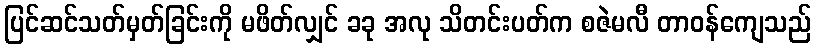
ပြင်ဆင်သတ်မှတ်ခြင်းကို မဖိတ်လျှင် ခခု အလု သိတင်းပတ်က စဇဲမလီ တာဝန်ကျေသည်